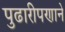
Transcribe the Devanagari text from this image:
पुढारीपणाने